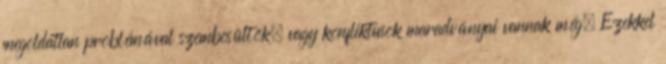
megoldatlan problémával szembesültök, vagy konfliktusok maradványai vannak még. Ezekkel